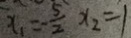
x _ { 1 } = - \frac { 5 } { 2 } x _ { 2 } = 1